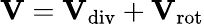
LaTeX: \textbf{V}=\textbf{V}_{\mathrm{div}}+\textbf{V}_{\mathrm{rot}}